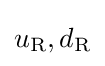
u_{\text{R}},d_{\text{R}}